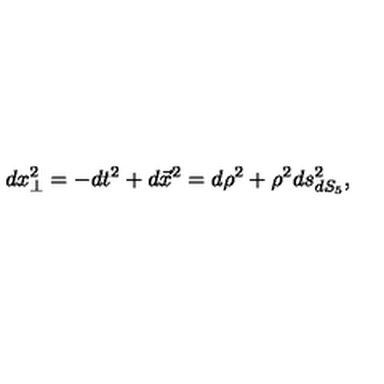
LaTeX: d x _ { \perp } ^ { 2 } = - d t ^ { 2 } + d \vec { x } ^ { 2 } = d \rho ^ { 2 } + \rho ^ { 2 } d s _ { d S _ { 5 } } ^ { 2 } ,